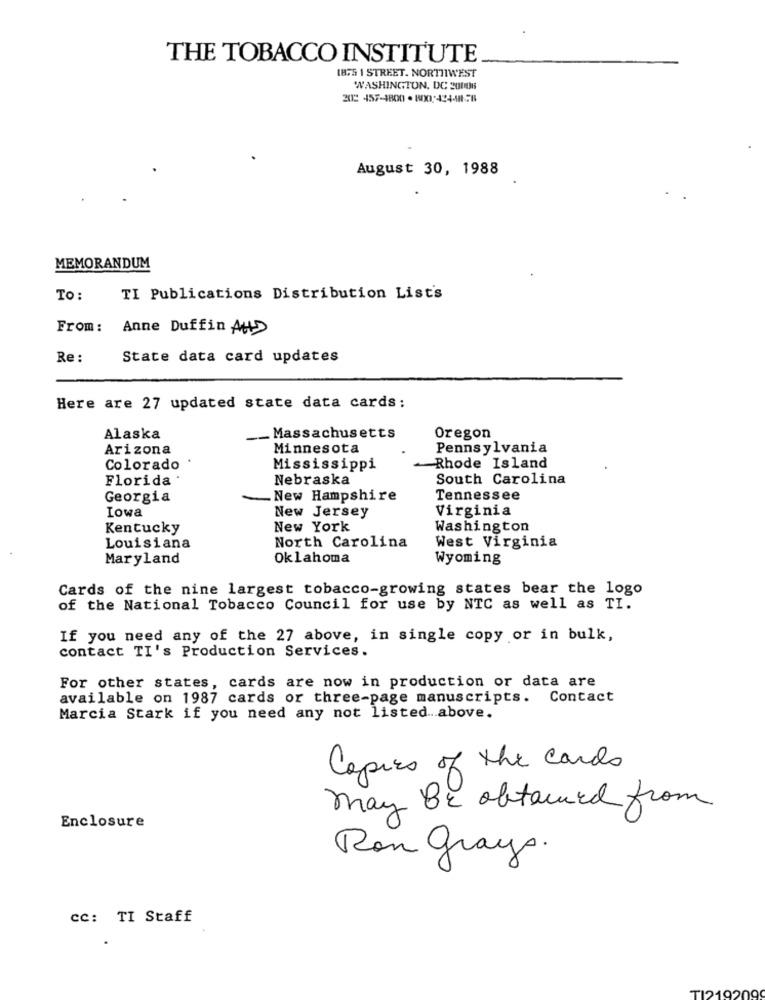
THE TOBACCO INSTITUTE
IBF5 1 STREET. NORTHWEST
WASHINGTON, DC 20008
202 457-1800 · 800-424-ME58
August 30, 1988
MEMORANDUM
To:
TI Publications Distribution List's
From: Anne Duffin Att>
Re :
State data card updates
Here are 27 updated state data cards:
Alaska
_ Massachusetts
Oregon
Arizona
Minnesota
Pennsylvania
Colorado
Mississippi
Rhode Island
Florida ·
Nebraska
South Carolina
Georgia
_New Hampshire
Tennessee
New Jersey
Virginia
Iowa
Kentucky
New York
Washington
Louisiana
North Carolina
West Virginia
Maryland
Oklahoma
Wyoming
Cards of the nine largest tobacco-growing states bear the logo
of the National Tobacco Council for use by NTC as well as TI.
If you need any of the 27 above, in single copy or in bulk,
contact TI's Production Services.
For other states, cards are now in production or data are
available on 1987 cards or three-page manuscripts. Contact
Marcia Stark if you need any not listed ... above.
Copies of the cards
may BE obtained from
Enclosure
Ron grays.
cc: TI Staff
TI2192099